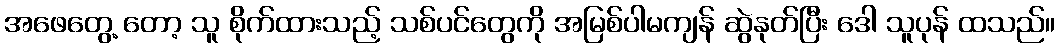
အဖေတွေ့ တော့ သူ စိုက်ထားသည့် သစ်ပင်တွေကို အမြစ်ပါမကျန် ဆွဲနုတ်ပြီး ဒေါ သူပုန် ထသည်။